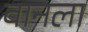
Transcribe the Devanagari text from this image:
वानला